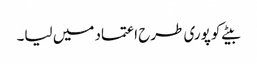
بیٹے کو پوری طرح اعتماد میں لیا۔